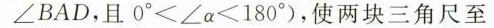
∠ BAD$$，且$$0 ° ＜ ∠ α < 1 8 0 °$$)，使两块三角尺至